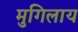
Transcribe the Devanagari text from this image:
मुगिलाय